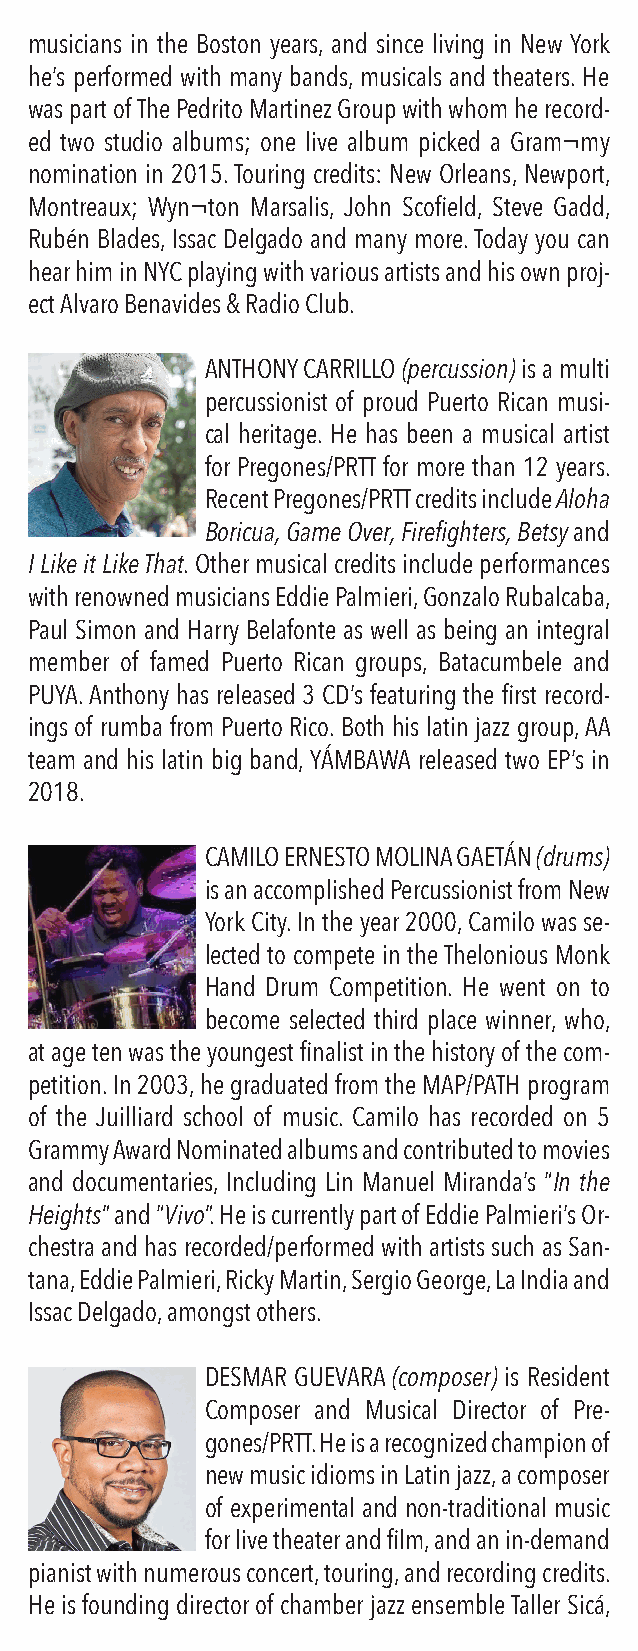
musicians in the Boston years, and since living in New York
 he’s performed with many bands, musicals and theaters. He
 was part of The Pedrito Martinez Group with whom he record-
 ed two studio albums; one live album picked a Gram¬my
 nomination in 2015. Touring credits: New Orleans, Newport,
 Montreaux; Wyn¬ton Marsalis, John Scofield, Steve Gadd,
 Rubén Blades, Issac Delgado and many more. Today you can
 hear him in NYC playing with various artists and his own proj-
 ect Alvaro Benavides & Radio Club.
 ANTHONY CARRILLO (percussion) is a multi
 percussionist of proud Puerto Rican musi-
 cal heritage. He has been a musical artist
 for Pregones/PRTT for more than 12 years.
 Recent Pregones/PRTT credits include Aloha
 Boricua, Game Over, Firefighters, Betsy and
 I Like it Like That. Other musical credits include performances
 with renowned musicians Eddie Palmieri, Gonzalo Rubalcaba,
 Paul Simon and Harry Belafonte as well as being an integral
 member of famed Puerto Rican groups, Batacumbele and
 PUYA. Anthony has released 3 CD’s featuring the first record-
 ings of rumba from Puerto Rico. Both his latin jazz group, AA
 team and his latin big band, YÁMBAWA released two EP’s in
 2018.
 CAMILO ERNESTO MOLINA GAETÁN (drums)
 is an accomplished Percussionist from New
 York City. In the year 2000, Camilo was se-
 lected to compete in the Thelonious Monk
 Hand Drum Competition. He went on to
 become selected third place winner, who,
 at age ten was the youngest finalist in the history of the com-
 petition. In 2003, he graduated from the MAP/PATH program
 of the Juilliard school of music. Camilo has recorded on 5
 Grammy Award Nominated albums and contributed to movies
 and documentaries, Including Lin Manuel Miranda’s “In the
 Heights” and “Vivo”. He is currently part of Eddie Palmieri’s Or-
 chestra and has recorded/performed with artists such as San-
 tana, Eddie Palmieri, Ricky Martin, Sergio George, La India and
 Issac Delgado, amongst others.
 DESMAR GUEVARA (composer) is Resident
 Composer and Musical Director of Pre-
 gones/PRTT. He is a recognized champion of
 new music idioms in Latin jazz, a composer
 of experimental and non-traditional music
 for live theater and film, and an in-demand
 pianist with numerous concert, touring, and recording credits.
 He is founding director of chamber jazz ensemble Taller Sicá,